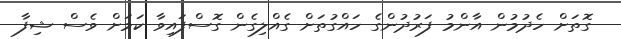
ގޮތަށް ހެދުމުން އާންމު ފަރުދުންގެ ހައްގުތަށް ގެއްލިގެން ގޮސްފައިވާ ކަމަށް ވެސް ޝިފާ